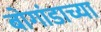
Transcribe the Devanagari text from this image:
बोगांडाच्या